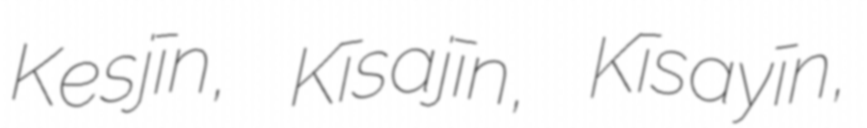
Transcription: Kesjīn, Kīsajīn, Kīsayīn,